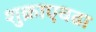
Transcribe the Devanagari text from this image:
शुक्राएवढा